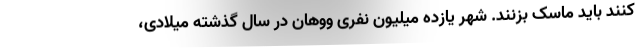
کنند باید ماسک بزنند. شهر یازده میلیون نفری ووهان در سال گذشته میلادی،